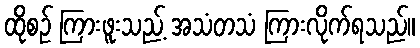
ထိုစဉ် ကြားဖူးသည့် အသံတသံ ကြားလိုက်ရသည်။